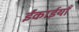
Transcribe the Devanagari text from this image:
ईकाईयाँ